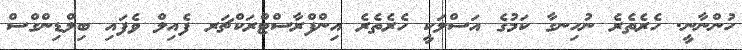
ހުންނާނީ. ހެރެތެރެ ނުހިނގާ ކަމުގެ އަސްލަކީ ހެރެތެރެ އިންފްރާސްޓްރަކްޗަރ ފެއިލް ވެފައި ބިލްޑިންގްސް